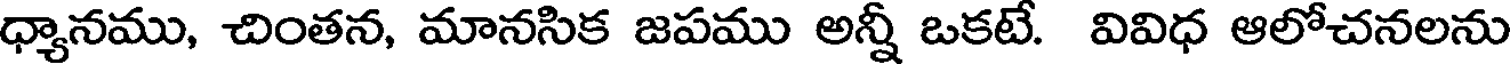
ధ్యానము, చింతన, మానసిక జపము అన్నీ ఒకటే. వివిధ ఆలోచనలను